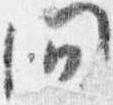
問